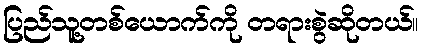
ပြည်သူ့တစ်ယောက်ကို တရားစွဲဆိုတယ်။